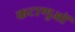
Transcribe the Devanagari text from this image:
कटाणुओं